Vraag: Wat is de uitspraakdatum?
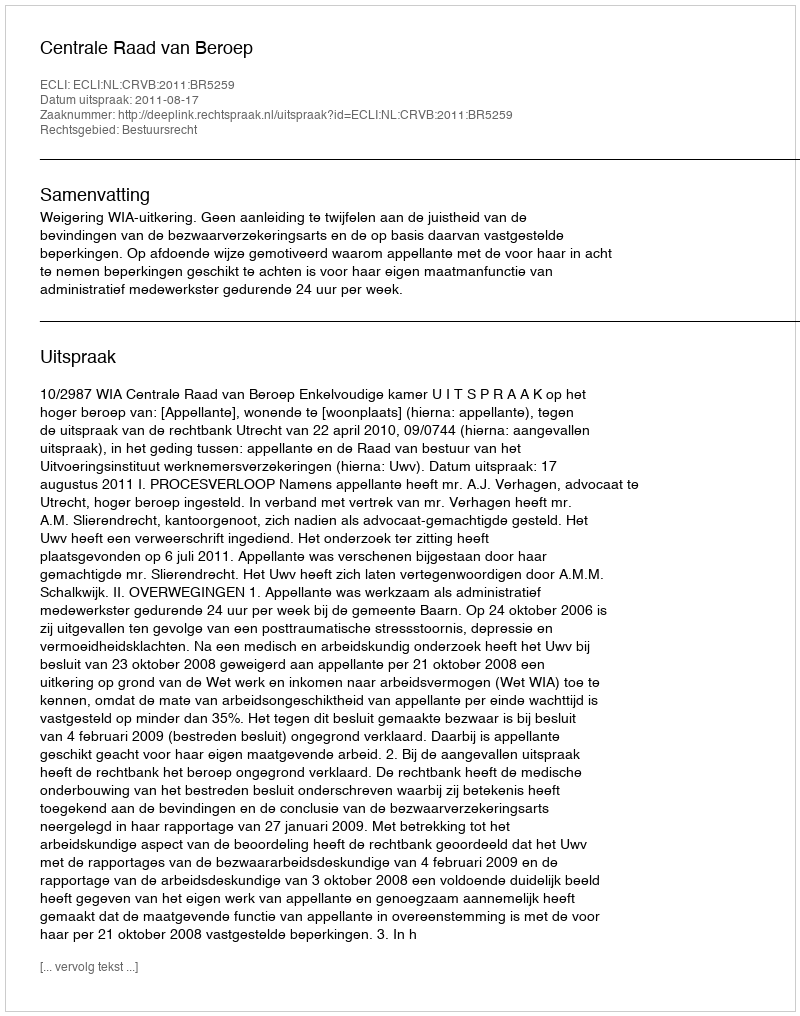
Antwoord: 2011-08-17